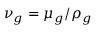
\nu _ { g } = \mu _ { g } / \rho _ { g }